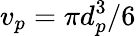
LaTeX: v_{p}=\pi d_{p}^{3}/6